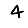
Digit: 4